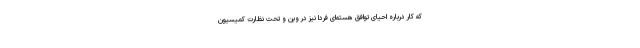
که کار درباره احیای توافق هسته‌ای فردا نیز در وین و تحت نظارت کمیسیون